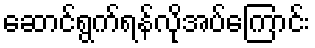
ဆောင်ရွက်ရန်လိုအပ်ကြောင်း